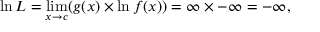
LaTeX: \ln L = \operatorname* { l i m } _ { x \to c } ( { g ( x ) } \times \ln { f ( x ) } ) = \infty \times { - \infty } = - \infty ,